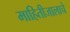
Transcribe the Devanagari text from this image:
माहितीजालाचे